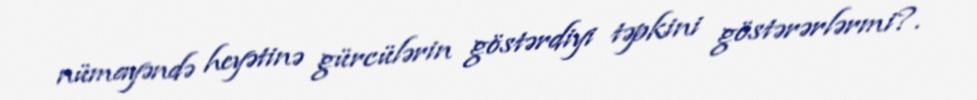
nümayəndə heyətinə gürcülərin göstərdiyi təpkini göstərərlərmi?.